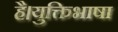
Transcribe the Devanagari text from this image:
है।युक्तिभाषा